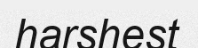
harshest